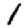
Digit: 1